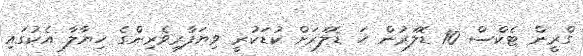
ގްރީން ޓެކްސް 10 ޑޮލަރުން ހަ ޑޮލަރަށް ކުޑަކުރީ ވިޔަފާރިވެރިންގެ ހިޔާލާ އެކުގައި